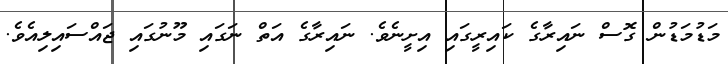
މަޑުމަޑުން ގޮސް ނައިރާގެ ކައިރީގައި އިށީނެވެ. ނައިރާގެ އަތް ނަގައި މޫނުގައި ޖައްސައިލިއެވެ.